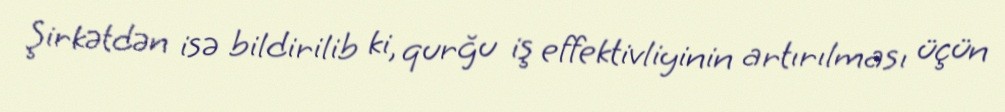
Şirkətdən isə bildirilib ki, qurğu iş effektivliyinin artırılması üçün